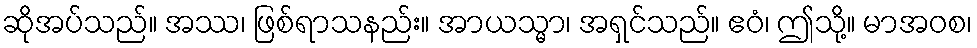
ဆိုအပ်သည်။ အဿ၊ ဖြစ်ရာသနည်း။ အာယသ္မာ၊ အရှင်သည်။ ဧဝံ၊ ဤသို့။ မာအဝစ၊